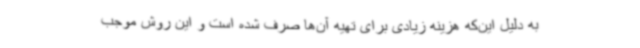
به دلیل این‌که هزینه زیادی برای تهیه آن‌ها صرف شده است و این روش موجب